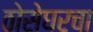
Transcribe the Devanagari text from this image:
ठोसेघरचा